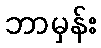
ဘာမှန်း